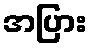
အပြား